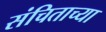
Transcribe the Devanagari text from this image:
संचिताच्या